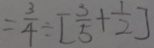
= \frac { 3 } { 4 } \div [ \frac { 3 } { 5 } + \frac { 1 } { 2 } ]